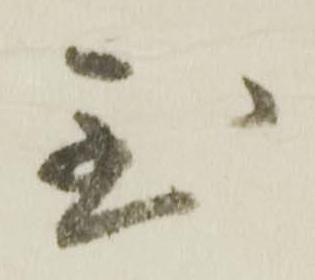
至